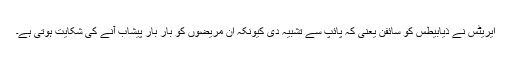
ایریٹس نے ذیابیطس کو سائفن یعنی کہ پائپ سے تشبیہ دی کیونکہ ان مریضوں‌ کو بار بار پیشاب آنے کی شکایت ہوتی ہے۔